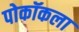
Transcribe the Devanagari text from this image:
पोकॉकला